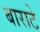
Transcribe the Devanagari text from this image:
बाराटे